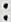
: